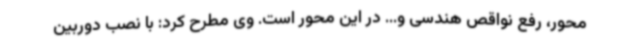
محور، رفع نواقص هندسی و... در این محور است. وی مطرح کرد: با نصب دوربین